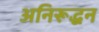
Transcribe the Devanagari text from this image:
अनिरूद्धन